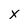
Character: x